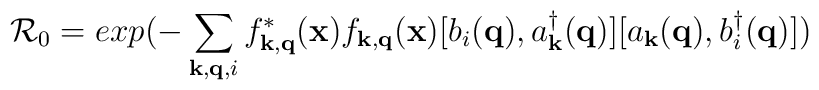
{\mathcal{R}}_{0} =exp(-\sum_{ {\bf{k}}, {\bf{q}}, i }f^{*}_{ {\bf{k}}, {\bf{q}} }({\bf{x}})f_{ {\bf{k}}, {\bf{q}} }({\bf{x}})[b_{i}({\bf{q}}), a^{\dagger}_{ {\bf{k}} }({\bf{q}})][a_{ {\bf{k}} }({\bf{q}}), b^{\dagger}_{i}({\bf{q}})])